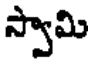
స్వామి